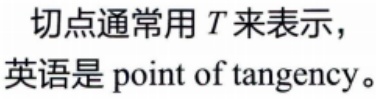
切点通常用 \(T\) 来表示，英语是 point of tangency。